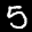
Label: 5